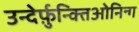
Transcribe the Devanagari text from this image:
उन्देर्फ़ुन्क्तिओनिन्ग